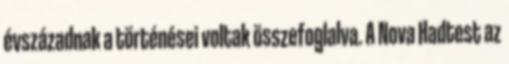
évszázadnak a történései voltak összefoglalva. A Nova Hadtest az